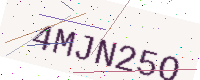
Text: 4MJN25O